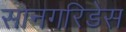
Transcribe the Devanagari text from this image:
सानगरिडेस